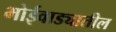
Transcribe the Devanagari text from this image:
भोईवाड्यातील